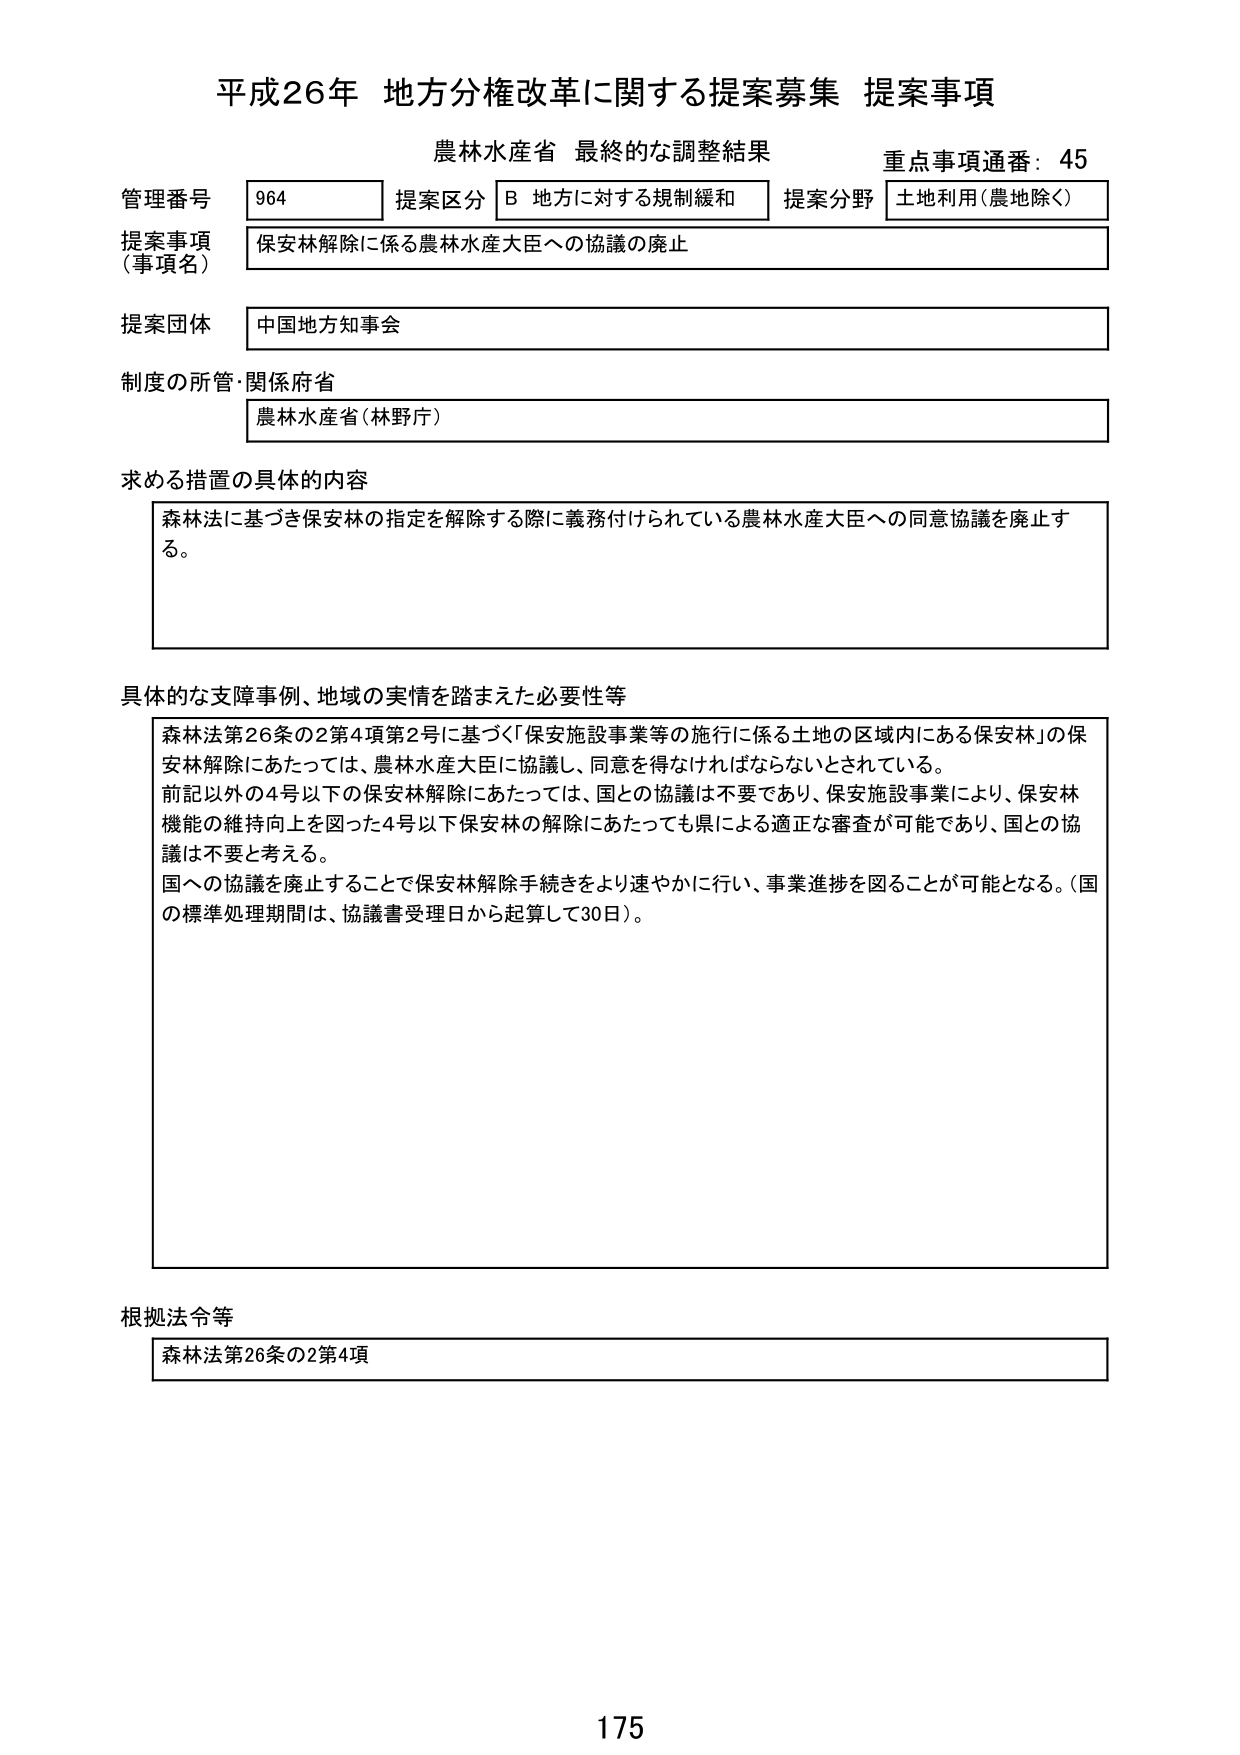
平成26年 地方分権改革に関する提案募集 提案事項
農林水産省 最終的な調整結果
重点事項通番：45

管理番号 964 提案区分 B 地方に対する規制緩和 提案分野 土地利用（農地除く）
提案事項（事項名） 保安林解除に係る農林水産大臣への協議の廃止
提案団体 中国地方知事会
制度の所管・関係府省 農林水産省（林野庁）

求める措置の具体的な内容
森林法に基づき保安林の指定を解除する際に義務付けられている農林水産大臣への同意協議を廃止する。

具体的な支障事例、地域の実情を踏まえた必要性等
森林法第26条の2第4項第2号に基づく「保安施設事業等の施行に係る土地の区域内にある保安林」の保安林解除にあたっては、農林水産大臣に協議し、同意を得なければならないとされている。
前記以外の4号以下の保安林解除にあたっては、国との協議は不要であり、保安施設事業により、保安林機能の維持向上を図った4号以下保安林の解除にあたっても県による適正な審査が可能であり、国との協議は不要と考える。
国への協議を廃止することで保安林解除手続きをより速やかに行い、事業進捗を図ることが可能となる。（国の標準処理期間は、協議書受理日から起算して30日）。

根拠法令等
森林法第26条の2第4項

175